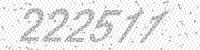
Solution: 222511